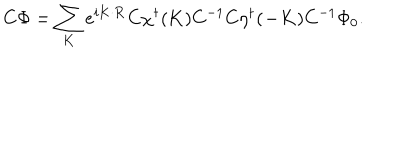
C \Phi = \sum _ { \bf K } e ^ { i { \bf K \cdot R } } C \chi ^ { \dagger } ( { \bf K } ) C ^ { - 1 } C \eta ^ { \dagger } ( { \bf - K } ) C ^ { - 1 } \Phi _ { 0 } .